Vital statistics of India. Vol. VI, European troops 1870-79
Year: 1870
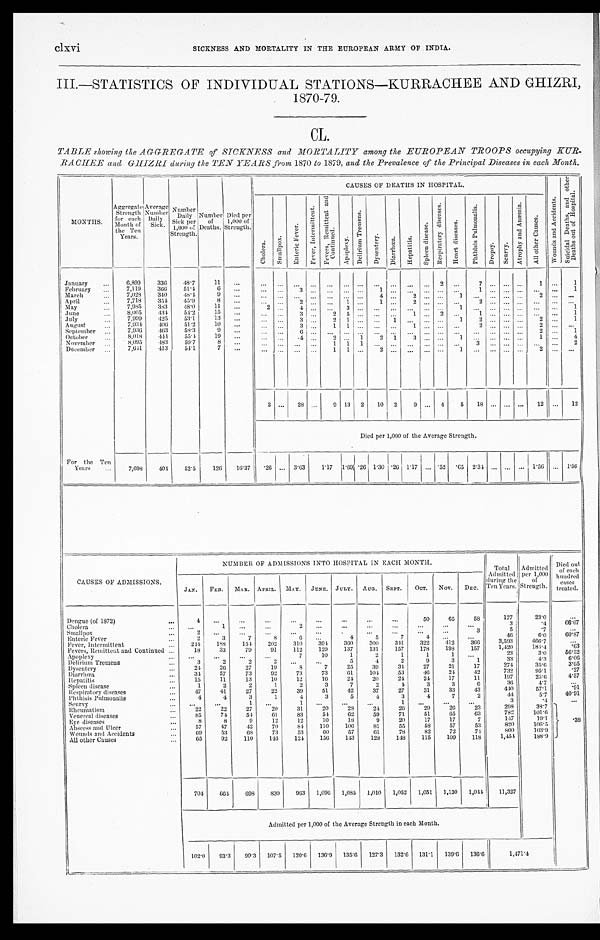
clxvi
SICKNESS AND MORTALITY IN THE EUROPEAN ARMY OF INDIA.
III.—STATISTICS OF INDIVIDUAL STATIONS—KURRACHEE AND GHIZRI ,
1870-79.
CL.
TABLE showing the AGGREGATE of SICKNESS and MORTALITY among the EUROPEAN TROOPS occupying KUR-
RACHEE and GHIZRI during the TEN YEARS from 1870 to 1879, and the Prevalence of the Principal Diseases in each Month.
MONTHS.
Aggregate Strength
for each M o n t h o f
the Ten
Years.
Average Number Da i l y S i c k .
N u m b e r
Dai l y
Sick per
1,000 of
Strength.
Number of
Deaths.
Died per
1,000 of
Strength.
CAUSES OF DEATHS IN HOSPITAL.
W o u n d s a n d A c c i d e n t s .
S u i c i d a l D e a t h s , a n d o t h e r
D e a t h s o u t o f H o s p i t a l .
C h o l e r a .
S m a l l p o x .
E n t e r i c F e v e r .
F e v e r , I n t e r m i t t e n t .
F e v e r s , R e m i t t e n t a n d
C o n t i n u e d .
Apopl exy.
D e l i r i u m T r e m e n s .
D y s e n t e r y . D i a r r h œ a . H e p a t i t i s .
S p l e e n d i s e a s e s .
R e s p i r a t o r y d i s e a s e s .
H e a r t d i s e a s e s .
P h t h i s i s P u l m o n a l i s .
D r o p s y . S c u r v y .
A t r o p h y a n d A n æ m i a .
A l l o t h e r C a u s e s .
January
6,899 336 48.7 11
2
7
1
1
February
7,119 366 51.4 6
3
1
1
1
March
7,028
3 4 0 48.4 9
4
2
1
2
April
7,718 354 45.9 8
2
1
1
2
2
May
7 , 9 8 5 383
4 8 . 0 11
2
4
3
1
1
June
8,005
4 3 4 54.2 15
3
2 5
1 2
1
1
July
7,999
4 2 5
5 3 . 1
1 3
3
2 1
1
1 2
2
1
A u g u s t 7,934
4 0 6 51.2
1 0
3
1 1
1
2
2
September
7,936
4 6 3 58.3 9
6
2
1
October
8,018
4 4 4 55.4 19
4
2
1 2 1 3
1
1
4
November
8,095
4 8 3 59.7 8
1 1 1
3
2
December
7,641
4 1 3 54.1 7
1 1
2
1
2
2
28
9 13 2 10 2 9
4 5 18
12
12
Died per 1,000 of the Average Strength.
For the Ten
Years
7,698 404 52.5 126 16.37.26
3.63 1.17 1.69 .26 1.30 .26 1.17 .52 .65 2.34
1.56
1. 56
CAUSES OF ADMISSIONS.
NUMBER OF ADMISSIONS INTO HOSPITAL IN EACH MONTH.
Total
Admitted
during the
Ten Years.
Admitted per 1,000
of
Strength.
Died out
of each
hundred cases
treated.
JAN. FEB. MAR. APRIL. MAY. JUNE. JULY. AUG. SEPT.
OCT .
NOV. DEC.
Dengue (of 1872)
4
50 65 58
177
23.0
Cholera
1
2
3
. 4
6 6 . 6 7
Smallpox
2
3
5
. 7
Enteric Fever
2 3
7
8
6
4 5
7
4
4 6
6 . 0
6 0 . 8 7
Fever, Intermittent
244 188 154 202 310 394
3 6 0 300
3 4 1
3 2 2
4 1 2
3 6 6
3 , 5 9 3
4 6 6 . 7
Fevers, Remittent and Continued
18 33 79 91 112 129 137 131 157 178 198 157
1 , 4 2 0
1 8 4 . 4
. 6 3
Apoplexy
7 10
1
2
1
1
1
23
3 . 0
5 6 . 5 2
Delirium Tremens
3
2
2
2
5
4
2
9
3
1
3 3
4 . 3
6 . 0 6
Dysentery
24 26 27 19
8
7 25 39 34 27 21 17
2 7 4
3 5 . 6
3 . 6 5
Diarrhœa
34 57 73 92 73 73 61 104 53 46 24 42
7 3 2
9 5 . 1
. 2 7
Hepatitis
15 11 13 10 12 16 24 20 24 24 17 11
1 9 7
2 5 . 6
4 . 5 7
Spleen disease
1
2
2
1
2
3
7
2
4
3
3
6
3 6
4 . 7
Respiratory diseases
4 7 41 27 22 39 51 42 37 27 31 33
4 3
4 4 0
57.1
. 9 1
Phthisis Pulmonalis
4
4
3
1
4
3
5
4 3
4
7
2
44
5 . 7
4 0 . 9 1
Scurvy
1
1
1
3
. 4
Rheumatism
22 22 27 20 31 20 28 24 26 29 26 23
2 9 8
3 8 . 7
.38
Venereal diseases
85 74 54 61 83 54 62 59 71 51
6 5
6 3
7 8 2
1 0 1 . 6
Eye diseases
8
8
9 12 12 10 18
9 20 17
1 7
7
1 4 7
1 9 . 1
Abscess and Ulcer
57 47 42 70 84 110 106 81 55 58 57 53
8 2 0
1 0 6 . 5
Wounds and Accidents
6 9 53
6 8 73 53 60 57 61 78 82 72 74
8 0 0
1 0 3 . 9
All other Causes
65 92 110 146 124 156 143 128 148 115 109 118
1 , 4 5 4
1 8 8 . 9
704 664 698 830 963 1,096 1,085 1,010 1,052 1,051 1,130 1,044
1 1 , 3 2 7
Admitted per 1,000 of the Average Strength in each Month.
102. 0 93.3 99.3 107.5 120.6 136.9 135.6 127.3 132.6 131.1 139.6 136.6
1 , 4 7 1 . 4